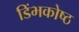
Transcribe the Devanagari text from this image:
डिंभकोष्ठ